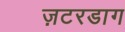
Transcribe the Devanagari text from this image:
ज़टरडाग